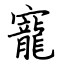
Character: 寵